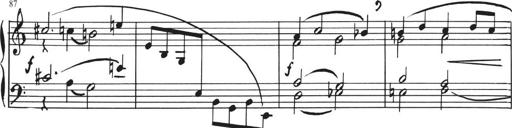
Title: Sonatina in E major
Composer: Paul von Klenau
Key: E major